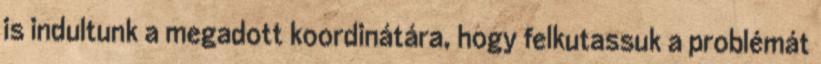
is indultunk a megadott koordinátára, hogy felkutassuk a problémát